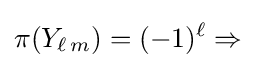
\pi (Y_{\ell \,m})=(-1)^{\ell }\Rightarrow